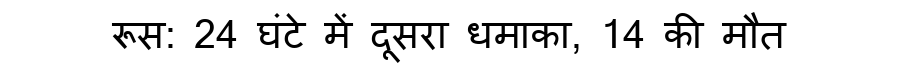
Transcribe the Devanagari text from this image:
रूस: 24 घंटे में दूसरा धमाका, 14 की मौत